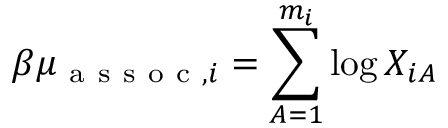
{ \beta \mu _ { \mathrm { ~ a ~ s ~ s ~ o ~ c ~ } , i } = \sum _ { A = 1 } ^ { m _ { i } } \log X _ { i A } }